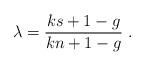
LaTeX: \begin{align*}\lambda= \frac{ks+1-g}{kn+1-g} \ .\end{align*}